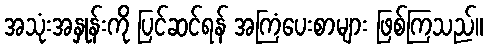
အသုံးအနှုန်းကို ပြင်ဆင်ရန် အကြံပေးစာများ ဖြစ်ကြသည်။